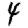
Digit: 4